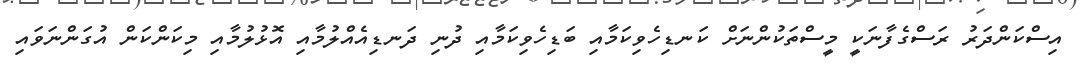
އިސްކަންދަރު ރަސްގެފާނަކީ މީސްތަކުންނަށް ކަނޑިހެވިކަމާއި ބަޑިހެވިކަމާއި ދުނި ދަނޑިއެއްލުމާއި އޮޅުލުމާއި މިކަންކަން އުގަންނަވައި